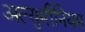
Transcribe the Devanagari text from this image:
अल्युमीनियम